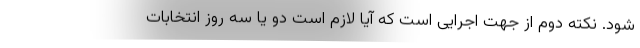
شود. نکته دوم از جهت اجرایی است که آیا لازم است دو یا سه روز انتخابات